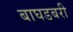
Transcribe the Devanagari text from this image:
बाघडबरी